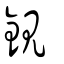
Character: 鋧